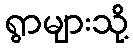
ရွာများသို့